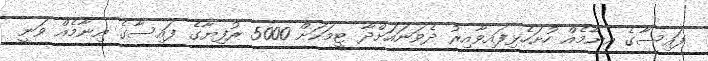
ފައިސާގެ އިނާމެއް ހުށަހެޅިފައިވާއިރު ދެވަނައަށްދާ ޓީމަކަށް 5000 ރުފިޔާގެ ފައިސާގެ އިނާމެއް ވަނީ